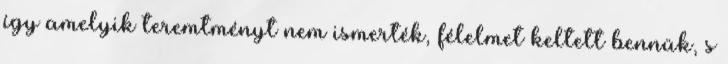
így amelyik teremtményt nem ismerték, félelmet keltett bennük, s